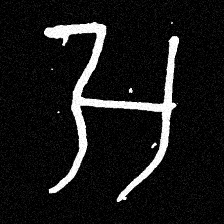
Pyu character \u2014 Myanmar letter: အ (romanized: a)